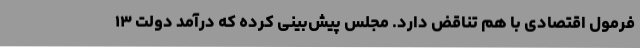
فرمول اقتصادی با هم تناقض دارد. مجلس پیش‌بینی کرده که درآمد دولت ۱۳